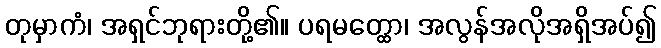
တုမှာကံ၊ အရှင်ဘုရားတို့၏။ ပရမတ္ထော၊ အလွန်အလိုအရှိအပ်၍